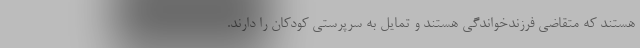
هستند که متقاضی فرزندخواندگی هستند و تمایل به سرپرستی کودکان را دارند.